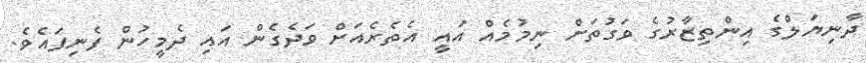
ދާނިޔަލްގެ އިންތިޒާރުގެ ވަގުތަށް ނިމުމެއް އައީ އެތެރެއަށް ވަދެގެން އައި ދެމީހުން ފެނިފައެވެ.